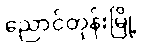
ညောင်တုန်းမြို့